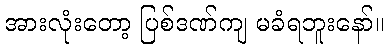
အားလုံးတော့ ပြစ်ဒဏ်ကျ မခံရဘူးနော်။